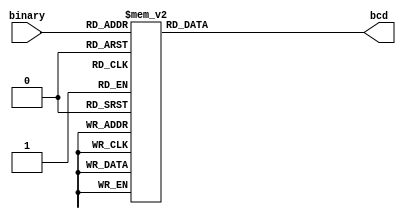
// This program was cloned from: https://github.com/Aryavardhan37/Verilog_codes
// License: MIT License

module bintobcd (
    input [3:0] binary,
    output reg [3:0] bcd
);

always @(*) begin
    case(binary)
        4'b0000: bcd = 4'b0000;
        4'b0001: bcd = 4'b0001;
        4'b0010: bcd = 4'b0010;
        4'b0011: bcd = 4'b0011;
        4'b0100: bcd = 4'b0100;
        4'b0101: bcd = 4'b0101;
        4'b0110: bcd = 4'b0110;
        4'b0111: bcd = 4'b0111;
        4'b1000: bcd = 4'b1000;
        4'b1001: bcd = 4'b1001;
        default: bcd = 4'b0000; 
    endcase
end
endmodule